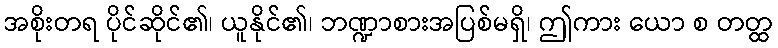
အစိုးတရ ပိုင်ဆိုင်၏၊ ယူနိုင်၏၊ ဘဏ္ဍာစားအပြစ်မရှိ၊ ဤကား ယော စ တတ္ထ